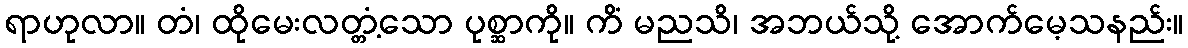
ရာဟုလာ။ တံ၊ ထိုမေးလတ္တံ့သော ပုစ္ဆာကို။ ကိံ မညသိ၊ အဘယ်သို့ အောက်မေ့သနည်း။